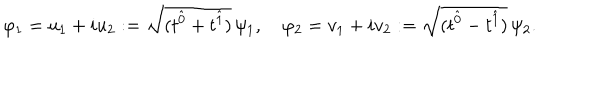
LaTeX: \varphi _ { 1 } = u _ { 1 } + i u _ { 2 } : = \sqrt { ( t ^ { \hat { 0 } } + t ^ { \hat { 1 } } ) } \, \psi _ { 1 } , \quad \varphi _ { 2 } = v _ { 1 } + i v _ { 2 } : = \sqrt { ( t ^ { \hat { 0 } } - t ^ { \hat { 1 } } ) } \, \psi _ { 2 } .